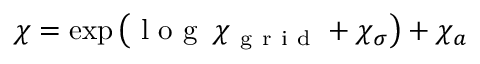
\chi = \exp \big ( \mathrm { ~ l ~ o ~ g ~ } \: \chi _ { \mathrm { ~ g ~ r ~ i ~ d ~ } } + \chi _ { \sigma } \big ) + \chi _ { a }